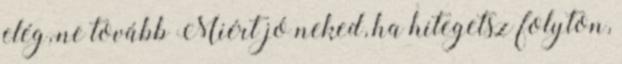
elég, ne tovább Miért jó neked, ha hitegetsz folyton,